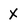
Character: X